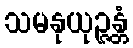
သမနုယုဉ္ဇန္တံ